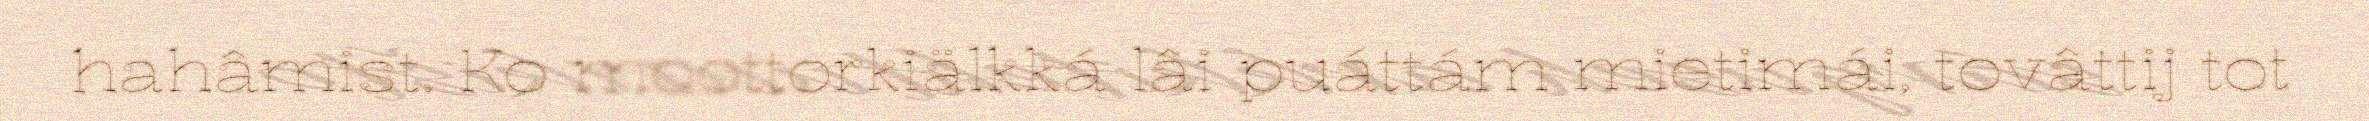
hahâmist. Ko moottorkiälkká lâi puáttám mietimái, tovâttij tot